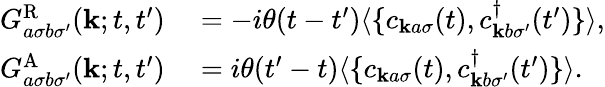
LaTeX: \begin{array}{rl}{G_{a\sigma b\sigma^{\prime}}^{\textrm{R}}(\mathbf{k};t,t^{\prime})}&{{}=-i\theta(t-t^{\prime})\langle\{ c_{\mathbf{k}a\sigma}(t),c_{\mathbf{k}b\sigma^{\prime}}^{\dagger}(t^{\prime})\} \rangle,}\\ {G_{a\sigma b\sigma^{\prime}}^{\textrm{A}}(\mathbf{k};t,t^{\prime})}&{{}=i\theta(t^{\prime}-t)\langle\{ c_{\mathbf{k}a\sigma}(t),c_{\mathbf{k}b\sigma^{\prime}}^{\dagger}(t^{\prime})\} \rangle.}\end{array}